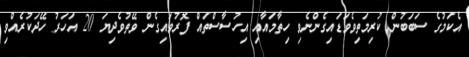
އެކަމުގެ ސަބަބުން ކުރިމަތިވެވަޑައިގެންނެވި ހިތާމައާއި އިހުސާސްތައް ފޮރުވައިގެން ވޭތުވެދިޔަ 20 އަހަރު ހޭދަކުރެއްވި